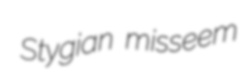
Stygian misseem